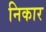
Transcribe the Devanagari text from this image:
निकार